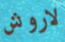
لاروش